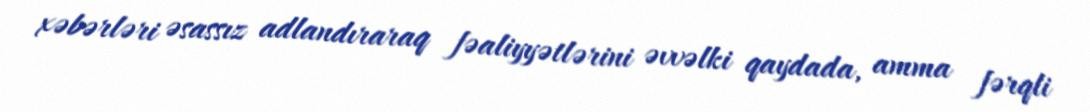
xəbərləri əsassız adlandıraraq fəaliyyətlərini əvvəlki qaydada, amma fərqli